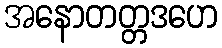
အနောတတ္တဒဟေ